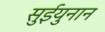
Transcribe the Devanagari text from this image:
सुईयुनान